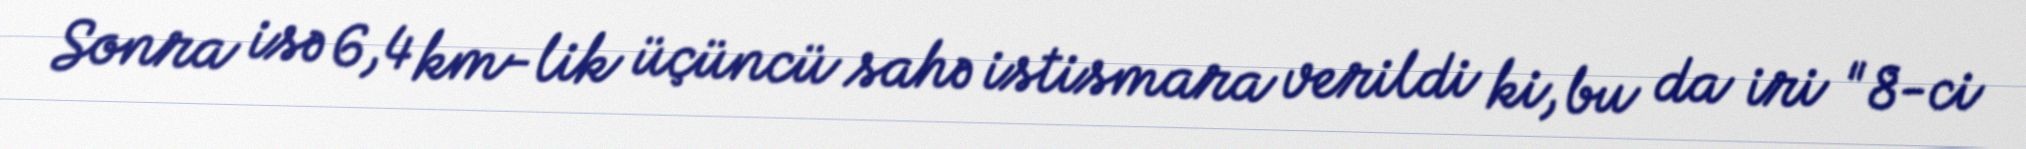
Sonra isə 6,4 km-lik üçüncü sahə istismara verildi ki, bu da iri "8-ci